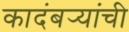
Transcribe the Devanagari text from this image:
कादंबर्‍यांंची